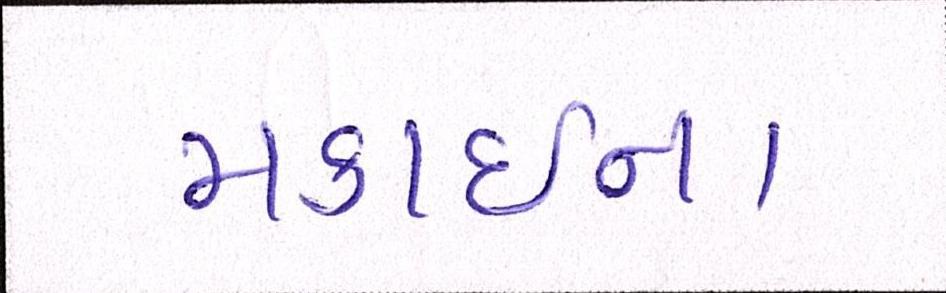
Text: મકાઈના